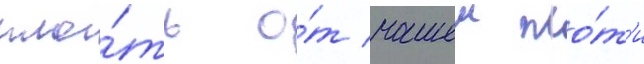
пло́ть о́т нашеи пло́т'и